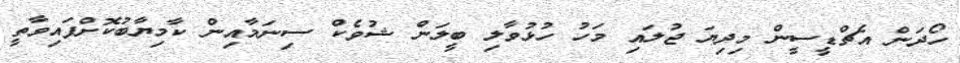
ހޯދަން އެޗްޑީސީން މިދިޔަ ޖުލައި މަހު ހުޅުވާލި ބީލަން ޝުވެކް ސިނަމާއިން ކާމިޔާބުކޮށްފައިވާތީ